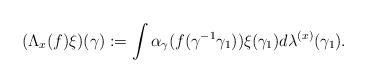
LaTeX: \begin{align*}(\Lambda_{x}(f)\xi)(\gamma):=\int \alpha_{\gamma}(f(\gamma^{-1}\gamma_{1}))\xi(\gamma_{1})d\lambda^{(x)}(\gamma_{1}).\end{align*}